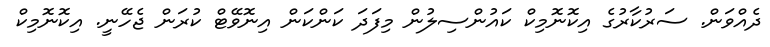
ދެއްވަން. ސަރުކާރުގެ އިކޮނޮމިކް ކައުންސިލުން މިފަދަ ކަންކަން އިނޮވޭޓް ކުރަން ޖެހޭނީ. އިކޮނޮމިކް